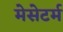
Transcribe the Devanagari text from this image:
मेसेटर्म